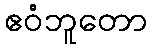
ဧဝံဘူတော